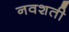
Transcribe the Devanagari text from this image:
नवशती